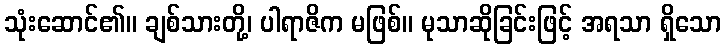
သုံးဆောင်၏။ ချစ်သားတို့၊ ပါရာဇိက မဖြစ်။ မုသာဆိုခြင်းဖြင့် အရသာ ရှိသော